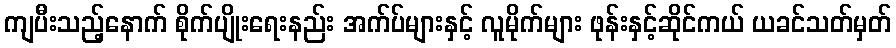
ကျပီးသည့်နောက် စိုက်ပျိုးရေးနည်း အက်ပ်များနှင့် လူမိုက်များ ဖုန်းနှင့်ဆိုင်ကယ် ယခင်သတ်မှတ်